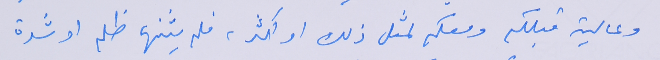
وعالية قبلكم ومعكم لمثل ذلك او اكثر، فلم يثنها ظلم او شدة